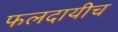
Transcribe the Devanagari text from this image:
फलदायीच